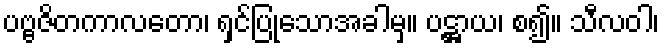
ပဗ္ဗဇိတကာလတော၊ ရှင်ပြုသောအခါမှ။ ပဋ္ဌာယ၊ စ၍။ သီလဝါ၊